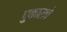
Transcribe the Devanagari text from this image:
पुकारावे